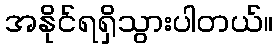
အနိုင်ရရှိသွားပါတယ်။